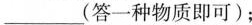
___(答一种物质即可)；